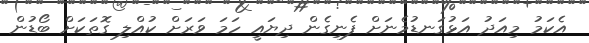
އެކަމު މިއަދު އަޅުގަނޑުމެނަށް ފެނިގެން ދިޔައީ ހަމަ ވަރަށް ކުއްލި ގޮތަކަށް ބޯޑުން